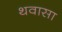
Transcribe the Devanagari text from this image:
थवासा